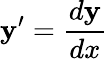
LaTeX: \mathbf{y}^{\prime}=\frac{{d\mathbf{y}}}{{dx}}